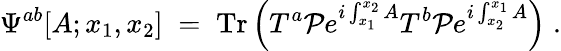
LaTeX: \Psi^{ab}[A;x_{1},x_{2}]\; =\; \mathrm{Tr}\left(T^{a}{\cal P}e^{i\int_{x_{1}}^{x_{2}}A}T^{b}{\cal P}e^{i\int_{x_{2}}^{x_{1}}A}\right)\; .